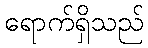
ရောက်ရှိသည်